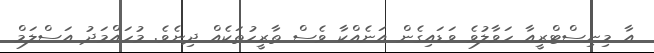
އާ މިނިސްޓްރީއާ ހަވާލުވެ ވަޑައިގެން އަނެއްކާ ވެސް ތާރީހުތަކެއް ދިނެވެ. މުހައްމަދު އަސްލަމް